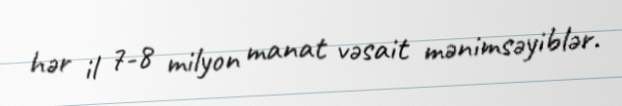
hər il 7-8 milyon manat vəsait mənimsəyiblər.